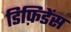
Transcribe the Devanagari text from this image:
डिफ़िडेंस